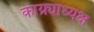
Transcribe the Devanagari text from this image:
काय्र्याध्यक्ष